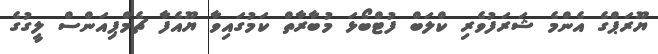
ޔޫރަޕްގެ އެންމެ ޝަރަފުވެރި ކްލަބް ފުޓްބޯޅަ މުބާރާތް ކަމުގައިވާ ޔޫއެފާ ޗެމްޕިއަންސް ލީގުގެ